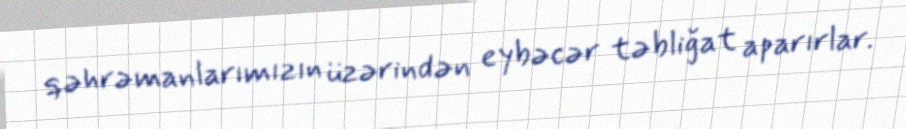
qəhrəmanlarımızın üzərindən eybəcər təbliğat aparırlar.